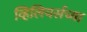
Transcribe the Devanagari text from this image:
व्हिलियर्सच्या